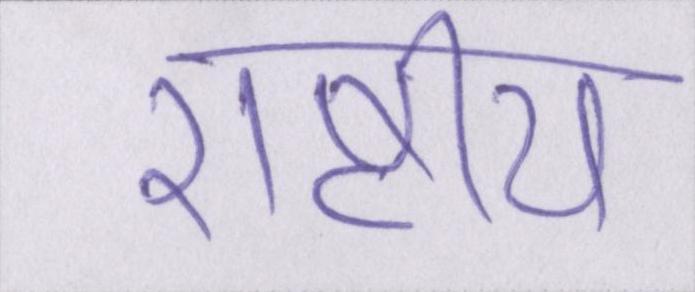
राष्ट्रीय